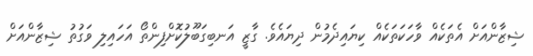
ޝިޒާންއަށް އެތަކެއް ވާހަކަތަކެއް ކިޔައިދެމުން ދިޔައެވެ. ގާޒީ އަނބިގަބޫލުކޮށްފިންތޯ އަހައިިލި ވަގުތު ޝިޒާންއަށް